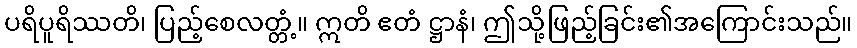
ပရိပူရိဿတိ၊ ပြည့်စေလတ္တံ့။ ဣတိ ဧတံ ဋ္ဌာနံ၊ ဤသို့ဖြည့်ခြင်း၏အကြောင်းသည်။